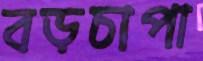
বড়চাপা